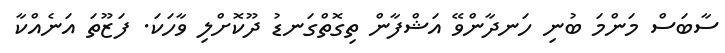
ސާބަސް މަންމަ ބުނި ހަނދާންވޭ އަޝްފާން ތިގޮތްގަނޑު ދޫކޮށްލި ވާހަކަ. ފަޒޫތަ އަނެއްކާ